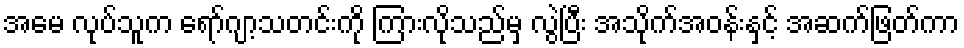
အမေ လုပ်သူက ရော်ဂျာ့သတင်းကို ကြားလိုသည်မှ လွဲပြီး အသိုက်အဝန်းနှင့် အဆက်ဖြတ်ကာ